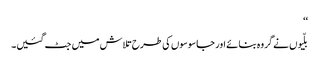
‘‘
بلّیوں نے گروہ بنائے اور جاسوسوں کی طرح تلاش میں جٹ گئیں۔